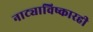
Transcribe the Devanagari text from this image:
नाट्याविष्कारही